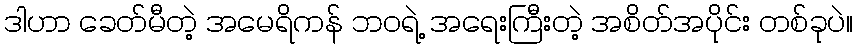
ဒါဟာ ခေတ်မီတဲ့ အမေရိကန် ဘဝရဲ့ အရေးကြီးတဲ့ အစိတ်အပိုင်း တစ်ခုပဲ။